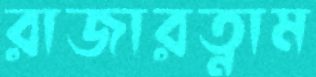
রাজারত্নাম